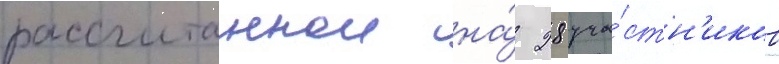
рассчитаннои на́ 28 уча́стн'иков